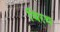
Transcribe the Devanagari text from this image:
विरथ